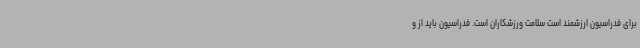
برای فدراسیون ارزشمند است سلامت ورزشکاران است. فدراسیون باید از و